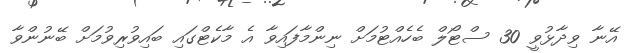
އޭނާ ވިދާޅުވީ 30 ސްޓޯލް ބެހެއްޓުމަށް ނިންމާފައިވާ އެ މާކެޓްގައި ބައިވުރިވުމަށް ބޭނުންވާ